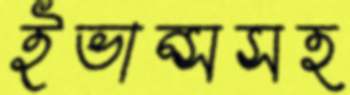
ইভান্সসহ